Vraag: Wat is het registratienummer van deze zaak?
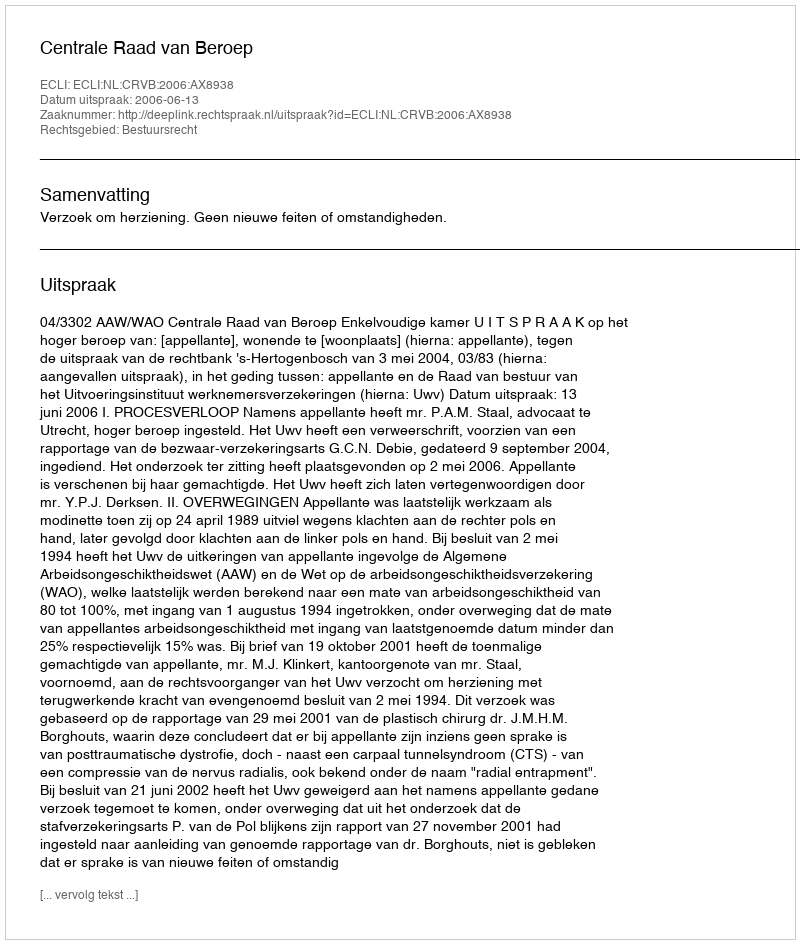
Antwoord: http://deeplink.rechtspraak.nl/uitspraak?id=ECLI:NL:CRVB:2006:AX8938